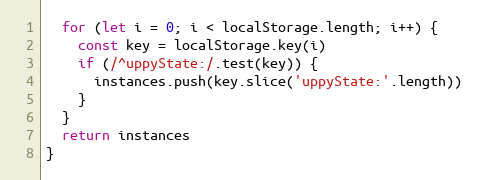
Language: JavaScript
  for (let i = 0; i < localStorage.length; i++) {
    const key = localStorage.key(i)
    if (/^uppyState:/.test(key)) {
      instances.push(key.slice('uppyState:'.length))
    }
  }
  return instances
}